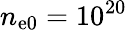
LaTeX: n_{\mathrm{e}0}=10^{20}